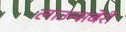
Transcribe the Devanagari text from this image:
लाउन्सबेरी